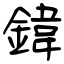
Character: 鍏